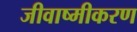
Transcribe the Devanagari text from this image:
जीवाष्मीकरण